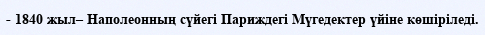
- 1840 жыл– Наполеонның сүйегі Париждегі Мүгедектер үйіне көшіріледі.